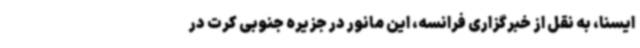
ایسنا، به نقل از خبرگزاری فرانسه، این مانور در جزیره جنوبی کرت در